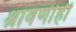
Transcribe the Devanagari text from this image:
श्रावणीही